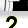
Digit: 2